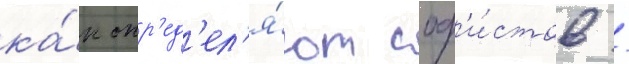
ка́к опр'ед'ел'я́ют соф'и́стов /